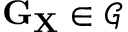
\mathbf { G } _ { \mathbf { X } } \in \mathcal { G }